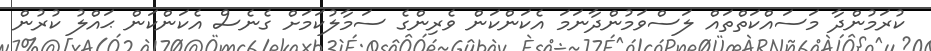
ކުރަމުންދާ މަސައްކަތްތައް ލަސްވަމުންދާނަމަ އެކަންކަން ވެރިންގެ ސަމާލުކަމަށް ގެނެސް އެކަންކަން ޙައްލު ކުރުން